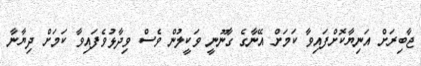
ޖާބިރަށް އަނިޔާކޮށްފައިވާ ކަމަށް އޭނާގެ ގާނޫނީ ވަކީލުން ވެސް ވިދާޅުވެފައިވާ ކަމަށް ދިޔާނާ